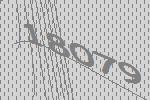
18079